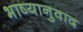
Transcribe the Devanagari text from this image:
भाष्यानुवाद